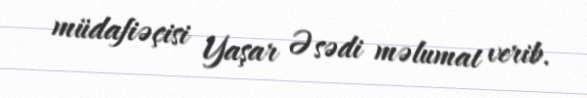
müdafiəçisi Yaşar Əsədi məlumat verib.